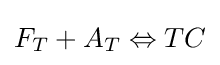
F_{T}+A_{T}\Leftrightarrow TC